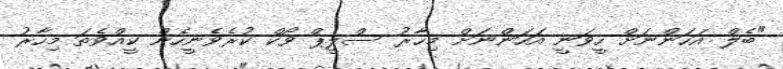
"ބެލް އަހަންނަށް ހީވަނީ އަހަންނަށް މިހާރު ސްލީޕް ވޯކް ކުރެވެނީހެން ކީއްވެތަ މިހާރު